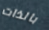
بالذات